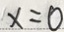
x = 0